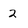
Character: 2